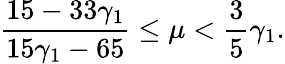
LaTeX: \frac{15-33\gamma_{1}}{15\gamma_{1}-65}\leq\mu<\frac{3}{5}\gamma_{1}.